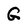
Character: G